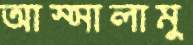
আস্সালামু